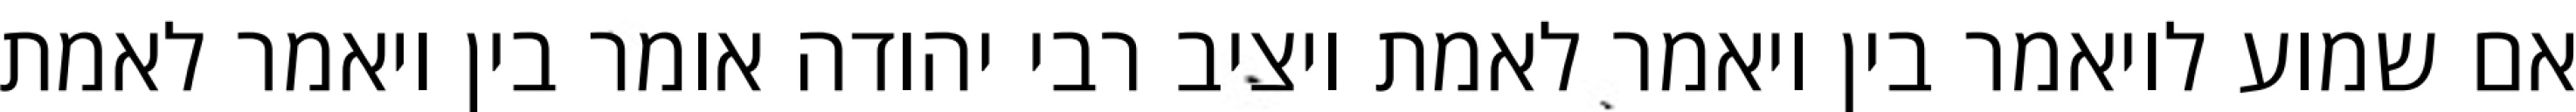
אם שמוע לויאמר בין ויאמר לאמת ויציב רבי יהודה אומר בין ויאמר לאמת